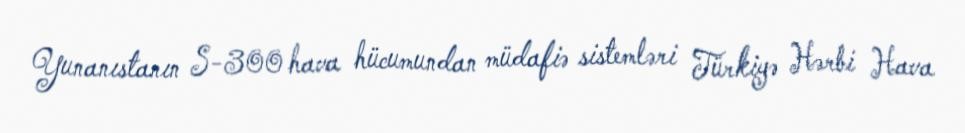
Yunanıstanın S-300 hava hücumundan müdafiə sistemləri Türkiyə Hərbi Hava